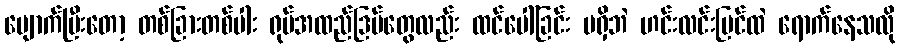
ပျောက်ပြီးတော့ တစ်ခြားတစ်ပါး ရုပ်အထည်ဒြပ်တွေလည်း ထင်ပေါ်ခြင်း မရှိဘဲ ဟင်းလင်းပြင်ထဲ ရောက်နေသလို